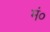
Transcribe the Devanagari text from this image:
मं०